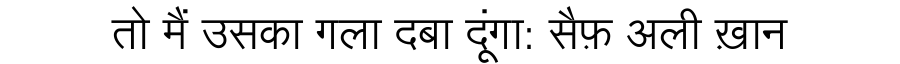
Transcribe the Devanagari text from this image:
तो मैं उसका गला दबा दूंगा: सैफ़ अली ख़ान